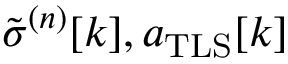
\tilde { \sigma } ^ { ( n ) } [ k ] , a _ { \mathrm { T L S } } [ k ]